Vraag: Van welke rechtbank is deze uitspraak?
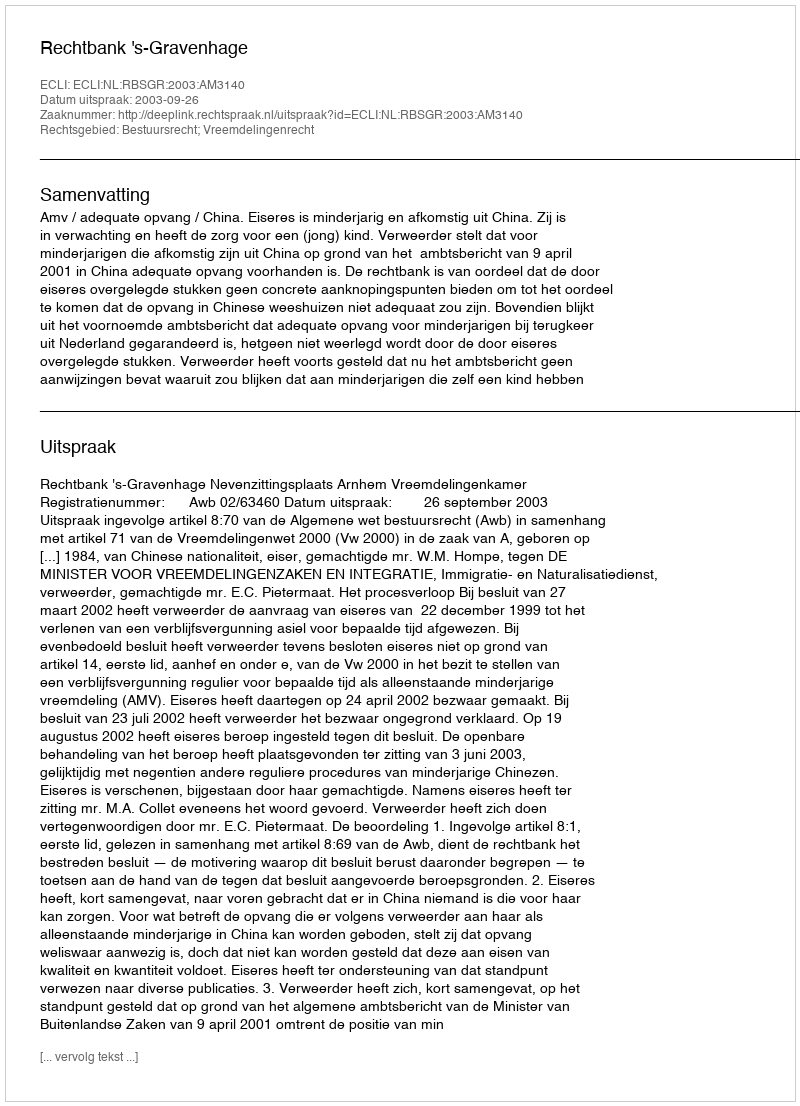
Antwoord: Rechtbank 's-Gravenhage